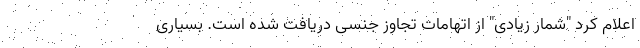
اعلام کرد "شمار زیادی" از اتهامات تجاوز جنسی دریافت شده است. بسیاری